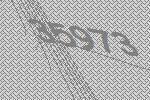
35973